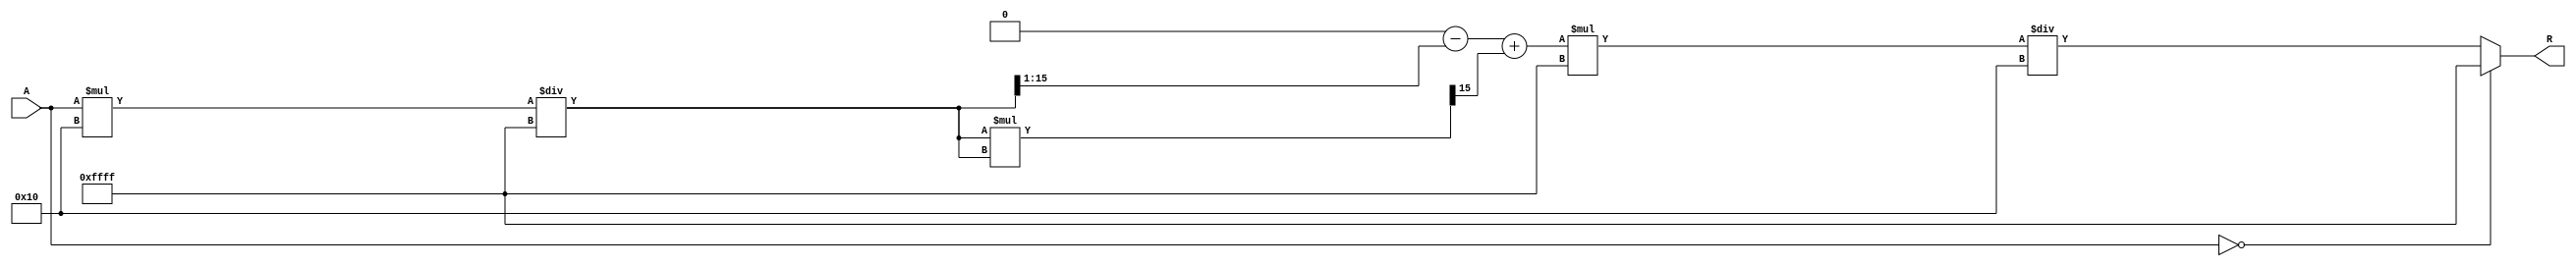
module ApproximateReciprocal (
    input  wire [15:0] A, // Input data (16-bit fixed-point)
    output reg  [15:0] R  // Output data (16-bit fixed-point)
);

    // Constants for approximation (you may need to adjust these based on your application)
    parameter [15:0] MAX_VALUE = 16'hFFFF; // Maximum value for normalization
    parameter [15:0] SHIFT_AMOUNT = 16'h10; // Shift amount for scaling

    // Internal registers
    reg [15:0] normalized_A;
    reg [15:0] approx_reciprocal;

    // Approximation function (simple polynomial approximation)
    function [15:0] approximate_reciprocal;
        input [15:0] x;
        begin
            // Example polynomial approximation: R = 1 - 0.5 * x + 0.5 * x^2
            // This is just a simple example; you may want to use a more accurate polynomial.
            approximate_reciprocal = (16'h10000 - (x >> 1)) + ((x * x) >> 15);
        end
    endfunction

    always @(*) begin
        // Handle division by zero
        if (A == 0) begin
            R = 16'hFFFF; // Predefined value for division by zero
        end else begin
            // Normalize input to [0, 1] range (assuming A is in [0, MAX_VALUE])
            normalized_A = A * SHIFT_AMOUNT / MAX_VALUE;

            // Calculate approximate reciprocal
            approx_reciprocal = approximate_reciprocal(normalized_A);

            // Scale output back to original range
            R = approx_reciprocal * MAX_VALUE / SHIFT_AMOUNT;
        end
    end

endmodule